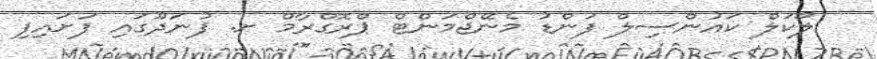
ލޯކަލް ކައުންސިލް ފަންޑު މެނޭޖްމަންޓް ޕްރޮގްރާމް ށ. ފުނަދޫގައި ފަށައިފި